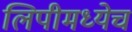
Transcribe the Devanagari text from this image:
लिपीमध्येच